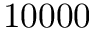
1 0 0 0 0